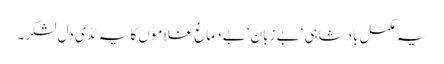
یہ مکمل بادشاہی‘ بے زبان‘ بے دماغ غلاموں کا یہ ٹڈی دل لشکر۔